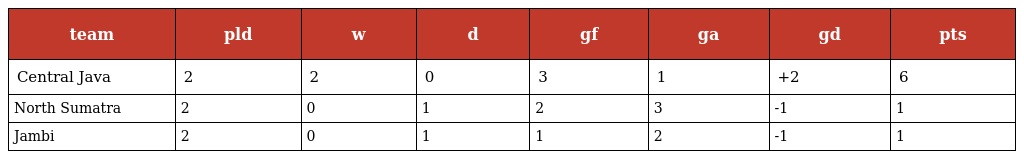
| team | pld | w | d | gf | ga | gd | pts |
 | --- | --- | --- | --- | --- | --- | --- | --- |
 | Central Java | 2 | 2 | 0 | 3 | 1 | +2 | 6 |
 | North Sumatra | 2 | 0 | 1 | 2 | 3 | -1 | 1 |
 | Jambi | 2 | 0 | 1 | 1 | 2 | -1 | 1 |